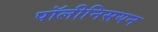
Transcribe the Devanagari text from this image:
पॉलीनिसयन